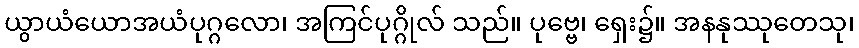
ယွာယံယောအယံပုဂ္ဂလော၊ အကြင်ပုဂ္ဂိုလ် သည်။ ပုဗ္ဗေ၊ ရှေး၌။ အနနုဿုတေသု၊